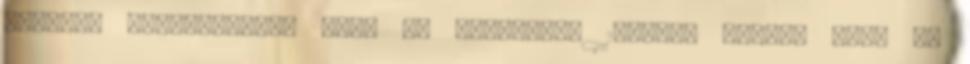
szerint csalásbiztos lesz az augusztus 15-ével életbe lépő új